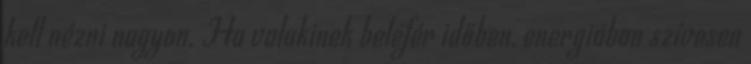
kell nézni nagyon. Ha valakinek belefér időben, energiában szívesen